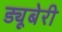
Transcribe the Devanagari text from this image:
ड्यूबेरी